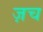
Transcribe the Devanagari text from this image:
ज़च